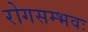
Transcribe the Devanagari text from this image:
रोगसम्भवः